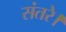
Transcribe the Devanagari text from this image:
संतरे।